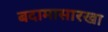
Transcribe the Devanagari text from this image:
बदामासारखा